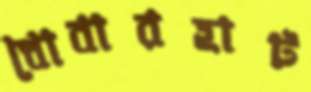
ধোবারহাট